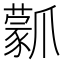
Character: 𤔾